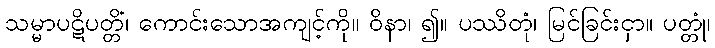
သမ္မာပဋိပတ္တိံ၊ ကောင်းသောအကျင့်ကို။ ဝိနာ၊ ၍။ ပဿိတုံ၊ မြင်ခြင်းငှာ။ ပတ္တုံ၊